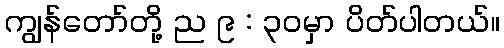
ကျွန်တော်တို့ ည ၉ : ၃၀မှာ ပိတ်ပါတယ်။